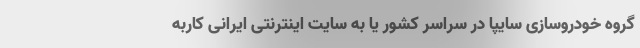
گروه خودروسازی سایپا در سراسر کشور یا به سایت اینترنتی ایرانی کاربه